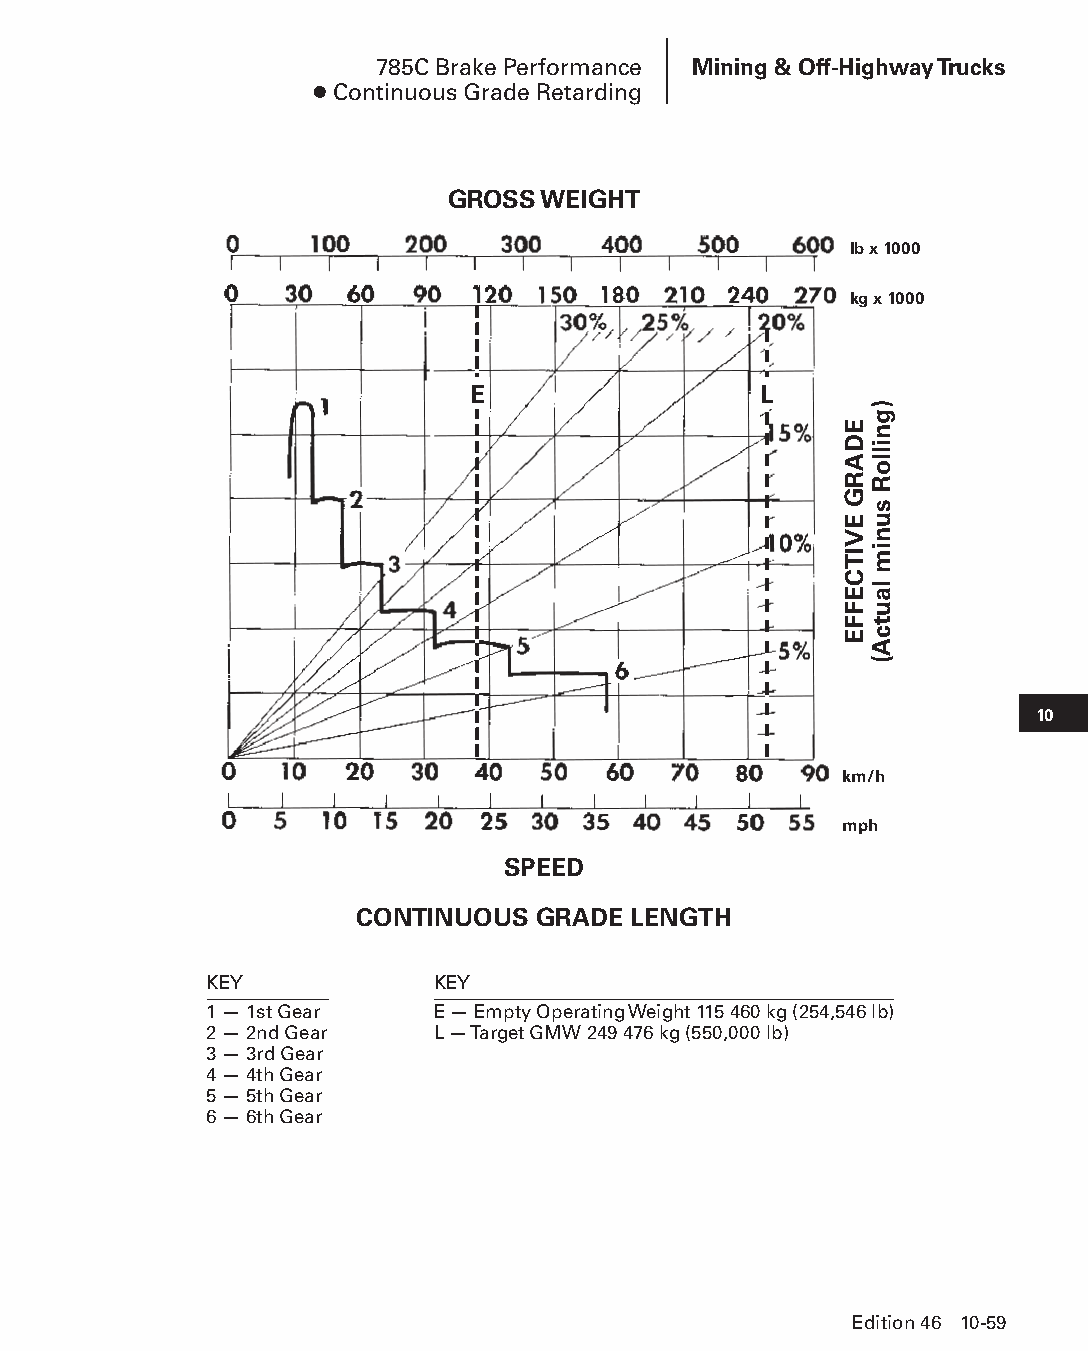
785C Brake Performance Mining & Off-Highway Trucks
 ● Continuous Grade Retarding
 GROSS WEIGHT
 lb x 1000
 kg x 1000
 E                   L
 10
 km/h
 mph
 SPEED
 CONTINUOUS  GRADE LENGTH
 KEY            KEY
 1 — 1st Gear   E — Empty Operating Weight 115 460 kg (254,546 lb)
 2 — 2nd Gear   L — Target GMW 249 476 kg (550,000 lb)
 3 — 3rd Gear
 4 — 4th Gear
 5 — 5th Gear
 6 — 6th Gear
 Edition 46 10-59
 PPHHBB--SSeecc1100((ppgg5533--8844))..iinndddd 5599            1122//44//1155 1100::4455 AAMM
 EDARG
 EVITCEFFE
 )gnilloR
 sunim
 lautcA(